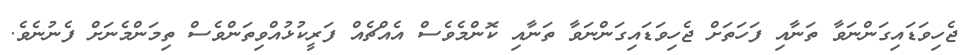
ޖެހިވަޑައިގަންނަވާ ތަނާއި ފަހަތަށް ޖެހިވަޑައިގަންނަވާ ތަނާއި ކޮންމެވެސް އެއްޗެއް ފަރީކުޅުއްވިތަންވެސް ތިމަންމެނަށް ފެނުނެވެ.